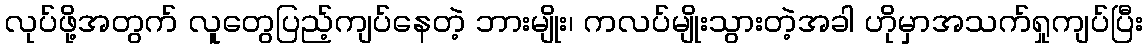
လုပ်ဖို့အတွက် လူတွေပြည့်ကျပ်နေတဲ့ ဘားမျိုး၊ ကလပ်မျိုးသွားတဲ့အခါ ဟိုမှာအသက်ရှုကျပ်ပြီး